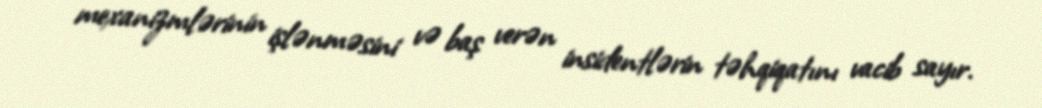
mexanizmlərinin işlənməsini və baş verən insidentlərin təhqiqatını vacib sayır.